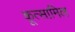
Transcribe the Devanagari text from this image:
कूत्सामिल